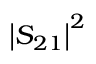
\left| S _ { 2 1 } \right| ^ { 2 }